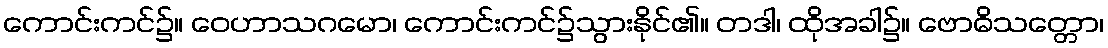
ကောင်းကင်၌။ ဝေဟာသဂမော၊ ကောင်းကင်၌သွားနိုင်၏။ တဒါ၊ ထိုအခါ၌။ ဗောဓိသတ္တော၊